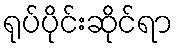
ရုပ်ပိုင်းဆိုင်ရာ